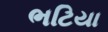
ભટિયા